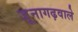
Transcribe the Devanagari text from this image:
जूनागढ़वाले